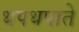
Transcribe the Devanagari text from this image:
थपथपाते